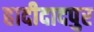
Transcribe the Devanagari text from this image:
हादीदादपुर